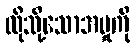
ထိုသို့သောအမှုကို